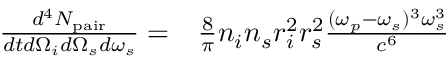
\begin{array} { r l } { \frac { d ^ { 4 } N _ { \mathrm { p a i r } } } { d t d \Omega _ { i } d \Omega _ { s } d \omega _ { s } } = } & { { } \frac { 8 } { \pi } n _ { i } n _ { s } r _ { i } ^ { 2 } r _ { s } ^ { 2 } \frac { ( \omega _ { p } - \omega _ { s } ) ^ { 3 } \omega _ { s } ^ { 3 } } { c ^ { 6 } } } \end{array}